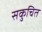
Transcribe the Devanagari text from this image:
सकुचित